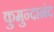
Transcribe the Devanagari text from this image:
कुमुन्दानंद